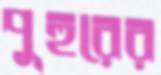
পুহুরের